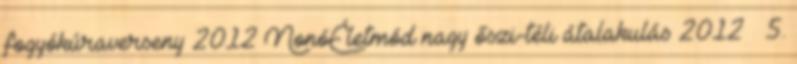
fogyókúraverseny 2012 NonóÉletmód nagy őszi-téli átalakulás 2012 – 5.